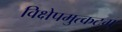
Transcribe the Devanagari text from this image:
विक्षेपमुत्कटम्